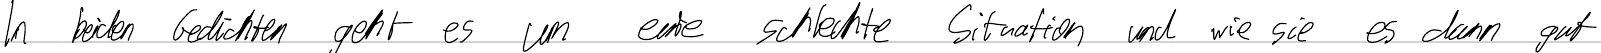
In beiden Gedichten geht es um eine schlechte Situation und wie sie es dann gut